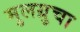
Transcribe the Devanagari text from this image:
मुलग्रुचा